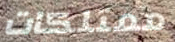
ممتلكات